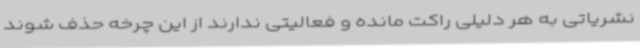
نشریاتی به هر دلیلی راکت مانده و فعالیتی ندارند از این چرخه حذف شوند